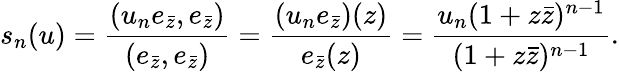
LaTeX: s_{n}(u)=\frac{(u_{n}e_{\bar{z}},e_{\bar{z}})}{(e_{\bar{z}},e_{\bar{z}})}=\frac{(u_{n}e_{\bar{z}})(z)}{e_{\bar{z}}(z)}=\frac{u_{n}(1+z\bar{z})^{n-1}}{(1+z\bar{z})^{n-1}}.